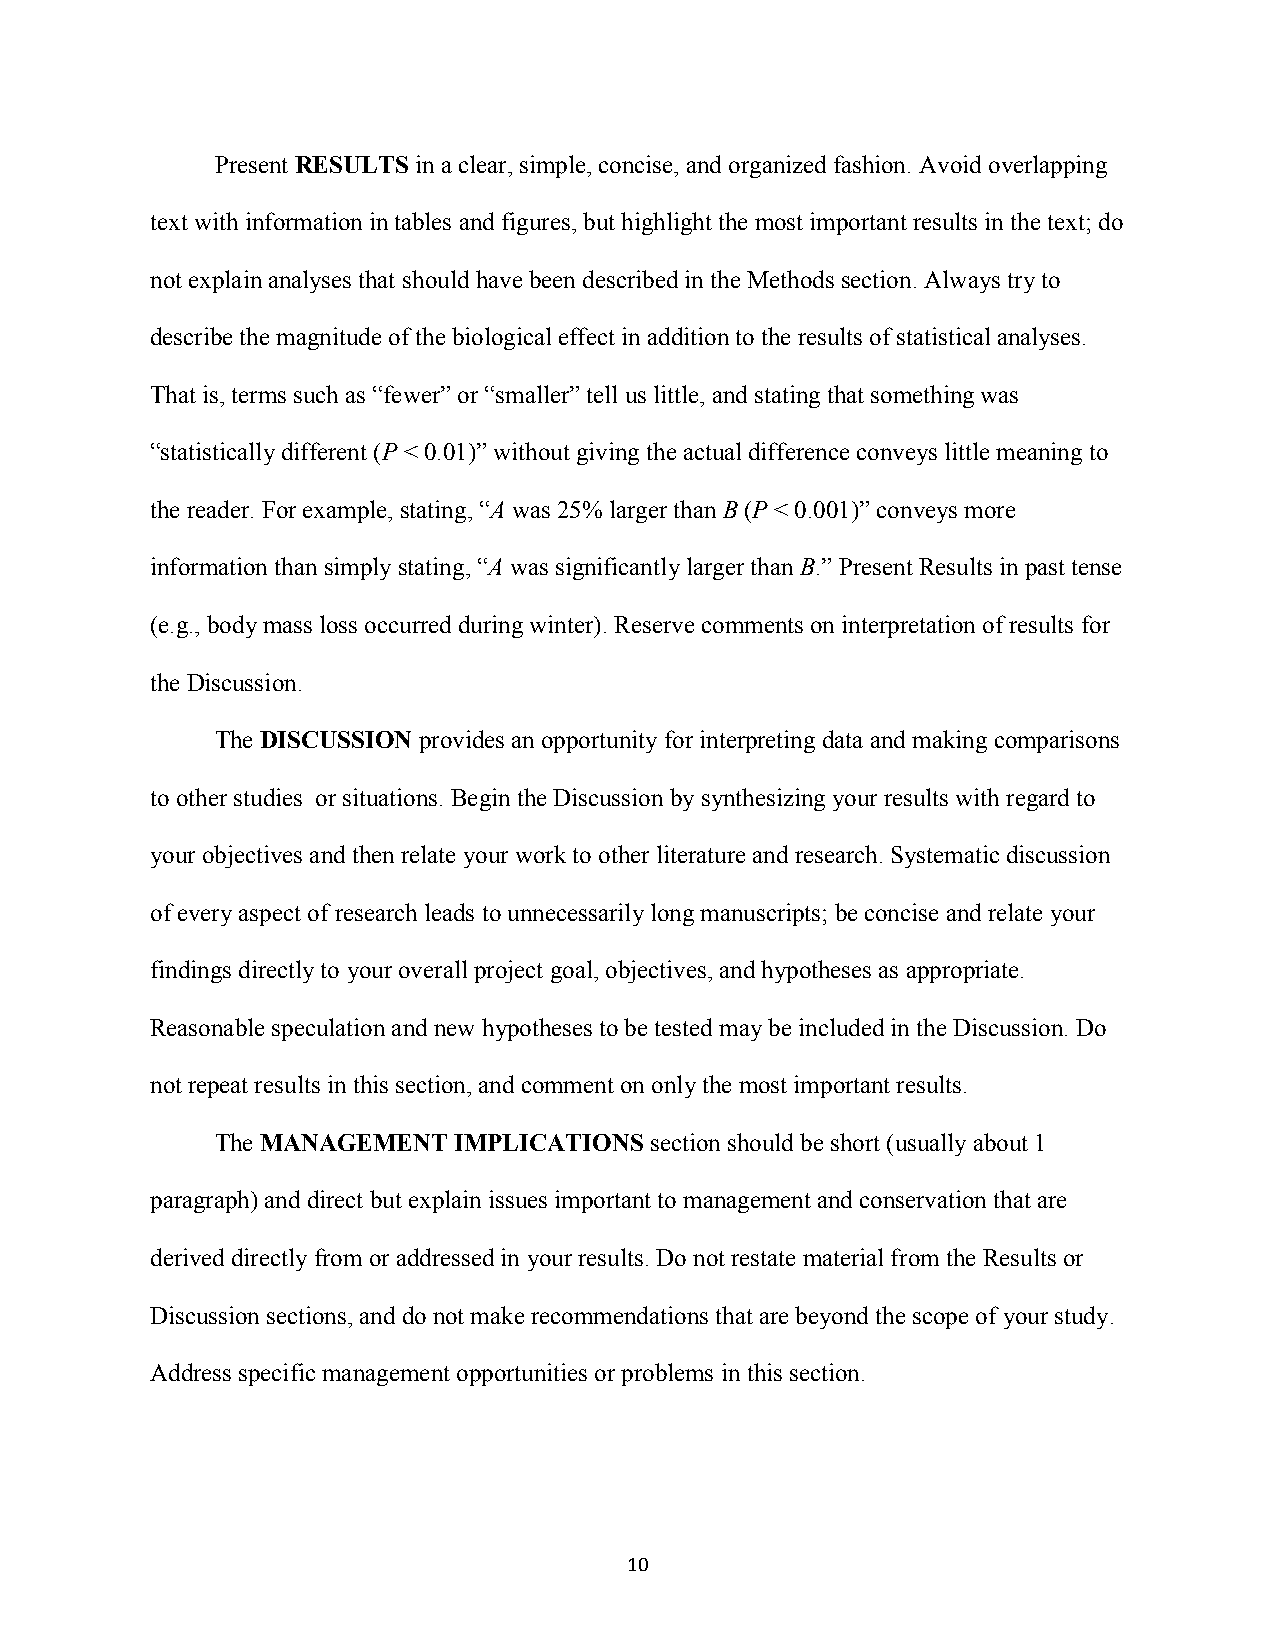
Present RESULTS in a clear, simple, concise, and organized fashion. Avoid overlapping
 text with information in tables and figures, but highlight the most important results in the text; do
 not explain analyses that should have been described in the Methods section. Always try to
 describe the magnitude of the biological effect in addition to the results of statistical analyses.
 That is, terms such as “fewer” or “smaller” tell us little, and stating that something was
 “statistically different (P < 0.01)” without giving the actual difference conveys little meaning to
 the reader. For example, stating, “A was 25% larger than B (P < 0.001)” conveys more
 information than simply stating, “A was significantly larger than B.” Present Results in past tense
 (e.g., body mass loss occurred during winter). Reserve comments on interpretation of results for
 the Discussion.
 The DISCUSSION provides an opportunity for interpreting data and making comparisons
 to other studies or situations. Begin the Discussion by synthesizing your results with regard to
 your objectives and then relate your work to other literature and research. Systematic discussion
 of every aspect of research leads to unnecessarily long manuscripts; be concise and relate your
 findings directly to your overall project goal, objectives, and hypotheses as appropriate.
 Reasonable speculation and new hypotheses to be tested may be included in the Discussion. Do
 not repeat results in this section, and comment on only the most important results.
 The MANAGEMENT  IMPLICATIONS section should be short (usually about 1
 paragraph) and direct but explain issues important to management and conservation that are
 derived directly from or addressed in your results. Do not restate material from the Results or
 Discussion sections, and do not make recommendations that are beyond the scope of your study.
 Address specific management opportunities or problems in this section.
 10